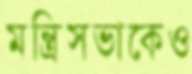
মন্ত্রিসভাকেও